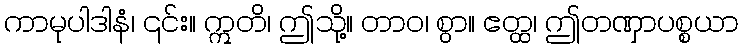
ကာမုပါဒါနံ၊ ၎င်း။ ဣတိ၊ ဤသို့။ တာဝ၊ စွာ။ ဧတ္ထ၊ ဤတဏှာပစ္စယာ